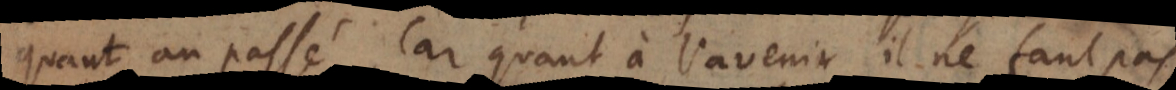
quant au passé. Car quant à l’avenir, il ne faut pas